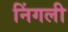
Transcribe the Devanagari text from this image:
निंगली